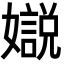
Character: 𡣛